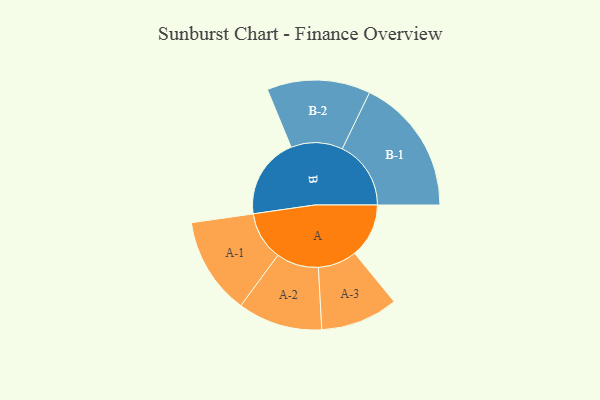
{"axis": {"x": "Segment", "y": "Value"}, "legend": ["", "A", "B"], "data": [{"x": "A", "y": 214, "type": ""}, {"x": "B", "y": 320, "type": ""}, {"x": "A-1", "y": 192, "type": "A"}, {"x": "A-2", "y": 167, "type": "A"}, {"x": "A-3", "y": 153, "type": "A"}, {"x": "B-1", "y": 271, "type": "B"}, {"x": "B-2", "y": 204, "type": "B"}]}